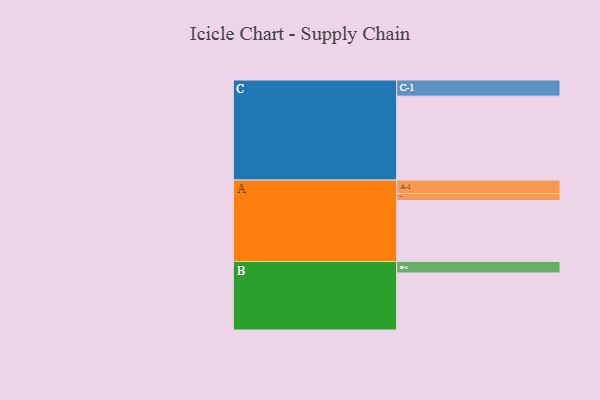
{"axis": {"x": "Segment", "y": "Value"}, "legend": ["", "A", "B", "C"], "data": [{"x": "A", "y": 430, "type": ""}, {"x": "B", "y": 403, "type": ""}, {"x": "C", "y": 593, "type": ""}, {"x": "A-1", "y": 95, "type": "A"}, {"x": "A-2", "y": 50, "type": "A"}, {"x": "B-1", "y": 81, "type": "B"}, {"x": "C-1", "y": 114, "type": "C"}]}